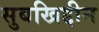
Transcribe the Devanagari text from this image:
सुबखिद्दीन